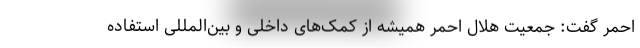
احمر گفت: جمعیت هلال احمر همیشه از کمک‌های داخلی و بین‌المللی استفاده